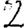
Digit: 2